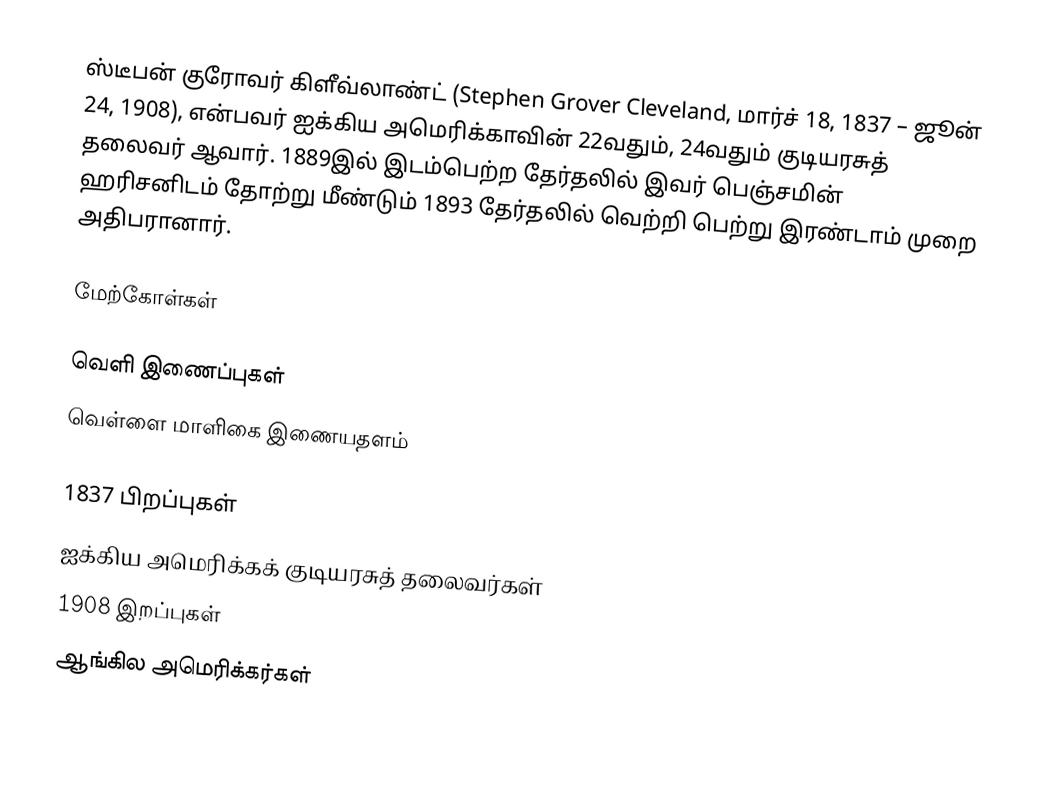
ஸ்டீபன் குரோவர் கிளீவ்லாண்ட் (Stephen Grover Cleveland, மார்ச் 18, 1837 – ஜூன் 24, 1908), என்பவர் ஐக்கிய அமெரிக்காவின் 22வதும், 24வதும் குடியரசுத் தலைவர் ஆவார். 1889இல் இடம்பெற்ற தேர்தலில் இவர் பெஞ்சமின் ஹரிசனிடம் தோற்று மீண்டும் 1893 தேர்தலில் வெற்றி பெற்று இரண்டாம் முறை அதிபரானார்.

மேற்கோள்கள்

வெளி இணைப்புகள்
 வெள்ளை மாளிகை இணையதளம்

1837 பிறப்புகள்
ஐக்கிய அமெரிக்கக் குடியரசுத் தலைவர்கள்
1908 இறப்புகள்
ஆங்கில அமெரிக்கர்கள்